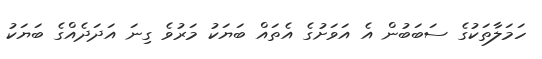
ހަމަލާތަކުގެ ސަބަބުން އެ އަވަށުގެ އެތައް ބަޔަކު މަރުވެ ގިނަ އަދަދެއްގެ ބަޔަކު